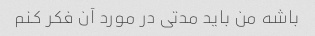
باشه من باید مدتی در مورد آن فکر کنم